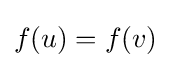
f(u)=f(v)